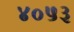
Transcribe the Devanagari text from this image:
४०५३